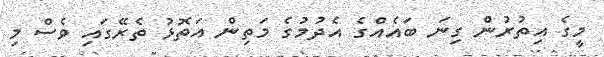
މީގެ އިތުރުން ގިނަ ބައެއްގެ އެދުމުގެ މަތިން އަތޮޅު ތެރޭގައި ވެސް މި